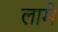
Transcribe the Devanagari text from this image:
लामे